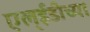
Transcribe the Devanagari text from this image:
एल्ईडीच्या